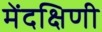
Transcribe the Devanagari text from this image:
मेंदक्षिणी